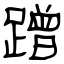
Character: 蹭